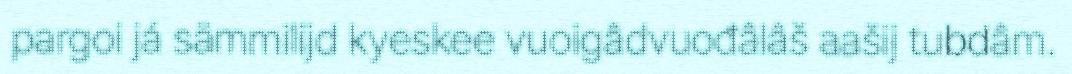
pargoi já sämmilijd kyeskee vuoigâdvuođâlâš aašij tubdâm.